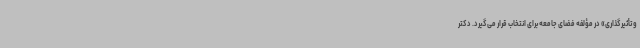
و تأثیرگذاری» در مؤلفه فضای جامعه برای انتخاب قرار می‌گیرد. دکتر